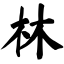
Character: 林